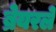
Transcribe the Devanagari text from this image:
ब्रेयरले